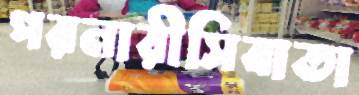
পরনারীসিবাতা